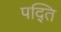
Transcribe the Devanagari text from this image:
पद्ति